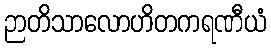
ဉာတိသာလောဟိတကရဏီယံ